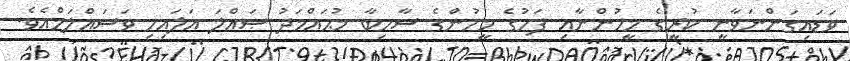
ވަޑައިގަންނަވާނީ ކުރީގެ މީހުންނާއި ފަހުގެ މީހުންގެ ސާހިބާ މުޙައްމަދު ޞައްލަ ޢަލައިހި ވަސައްލަމްއެވެ.